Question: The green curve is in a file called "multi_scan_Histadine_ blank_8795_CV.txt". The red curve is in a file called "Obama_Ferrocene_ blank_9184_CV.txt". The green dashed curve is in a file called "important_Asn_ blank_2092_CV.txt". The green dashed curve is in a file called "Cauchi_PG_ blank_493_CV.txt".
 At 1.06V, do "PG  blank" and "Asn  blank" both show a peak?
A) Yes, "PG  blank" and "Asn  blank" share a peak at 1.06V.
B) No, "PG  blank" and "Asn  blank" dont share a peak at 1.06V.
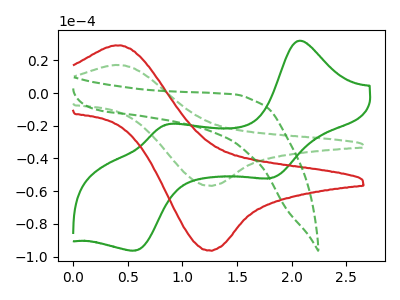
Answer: <think>The green curve "Histadine  blank" has anodic peaks at (2.05V, 31.80uA) (0.85V, -19.70uA) and cathodic peaks at (1.80V, -51.95uA) (0.55V, -96.30uA). The red curve "Ferrocene  blank" has an anodic peak at (0.45V, 29.15uA) and a cathodic peak at (1.25V, -96.20uA). The green dashed curve "Asn  blank" has an anodic peak at (0.45V, 17.15uA) and a cathodic peak at (1.25V, -56.65uA). The green dashed curve "PG  blank" has no peaks.</think>
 <answer>B) No, "PG  blank" and "Asn  blank" dont share a peak at 1.06V.</answer>
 <eval>B</eval>